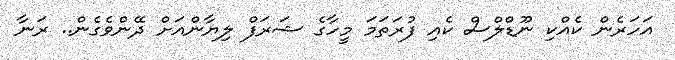
އަހަރެން ކެއްކި ނޫޑްލްސް ކެއި ފުރަތަމަ މީހާގެ ޝަރަފް ލިޔާންއަށް ދޭންވެގެން.. ރަނާ